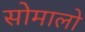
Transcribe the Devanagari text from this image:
सोमालो